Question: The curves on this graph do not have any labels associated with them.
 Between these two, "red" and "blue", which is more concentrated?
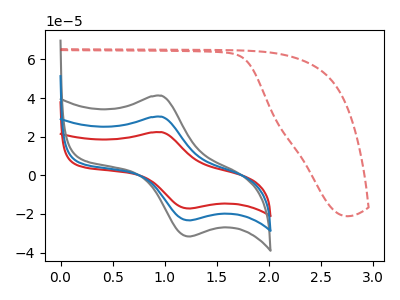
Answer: <think>The red curve "red" has an anodic peak at (0.95V, 22.35uA) and a cathodic peak at (1.25V, -17.15uA). The gray curve "gray" has an anodic peak at (0.95V, 60.70uA) and a cathodic peak at (1.25V, -46.60uA). The blue curve "blue" has an anodic peak at (0.95V, 30.35uA) and a cathodic peak at (1.25V, -23.30uA). The red dashed curve "red dashed" has no peaks.
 All the peaks in "red" have a peak in "blue" at the same potential. Every peak in "red" is lower than every peak in "blue".</think>
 <answer>"red" has less signal than "blue" and so likely has a lower concentration.</answer>
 <eval>less_concentration</eval>